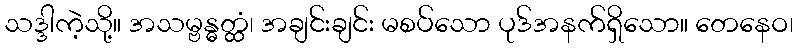
သဒ္ဒါကဲ့သို့။ အသမ္ဗန္ဓတ္ထံ၊ အချင်းချင်း မစပ်သော ပုဒ်အနက်ရှိသော။ တေနေဝ၊